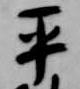
平